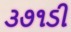
૩૭૧ડી